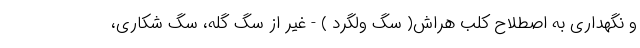
و نگهداری به اصطلاح کلب هراش( سگ ولگرد ) - غیر از سگ گله، سگ شکاری،